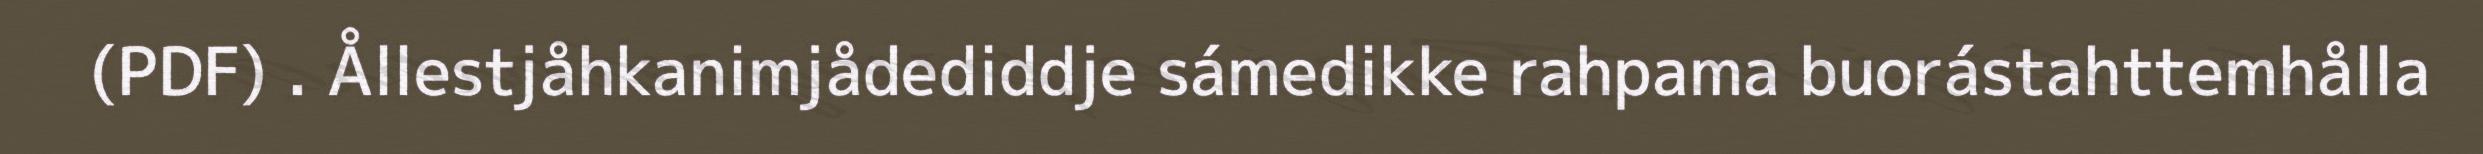
(PDF) . Ållestjåhkanimjådediddje sámedikke rahpama buorástahttemhålla